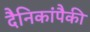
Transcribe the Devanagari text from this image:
दैनिकांपैकी